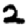
Digit: 2